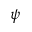
\psi